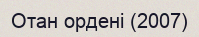
Отан ордені (2007)